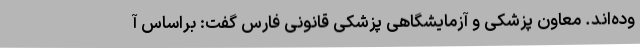
وده‌اند. معاون پزشکی و آزمایشگاهی پزشکی قانونی فارس گفت: براساس آ